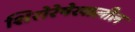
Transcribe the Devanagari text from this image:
शिरोरेषेखालील